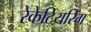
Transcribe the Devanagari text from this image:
रेकेटियरिंग